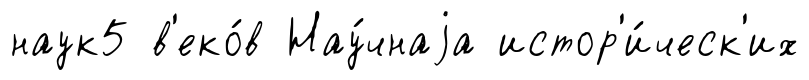
наук5 в'еко́в Нау́чнаjа истор'и́ческ'их